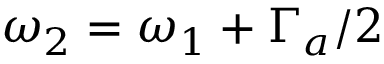
\omega _ { 2 } = \omega _ { 1 } + \Gamma _ { a } / 2